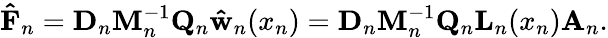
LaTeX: \mathbf{\hat{F}}_{n}=\mathbf{D}_{n}\mathbf{M}_{n}^{-1}\mathbf{Q}_{n}\mathbf{\hat{w}}_{n}(x_{n})=\mathbf{D}_{n}\mathbf{M}_{n}^{-1}\mathbf{Q}_{n}\mathbf{L}_{n}(x_{n})\mathbf{A}_{n}.